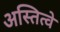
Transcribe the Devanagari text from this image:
अस्तित्वे